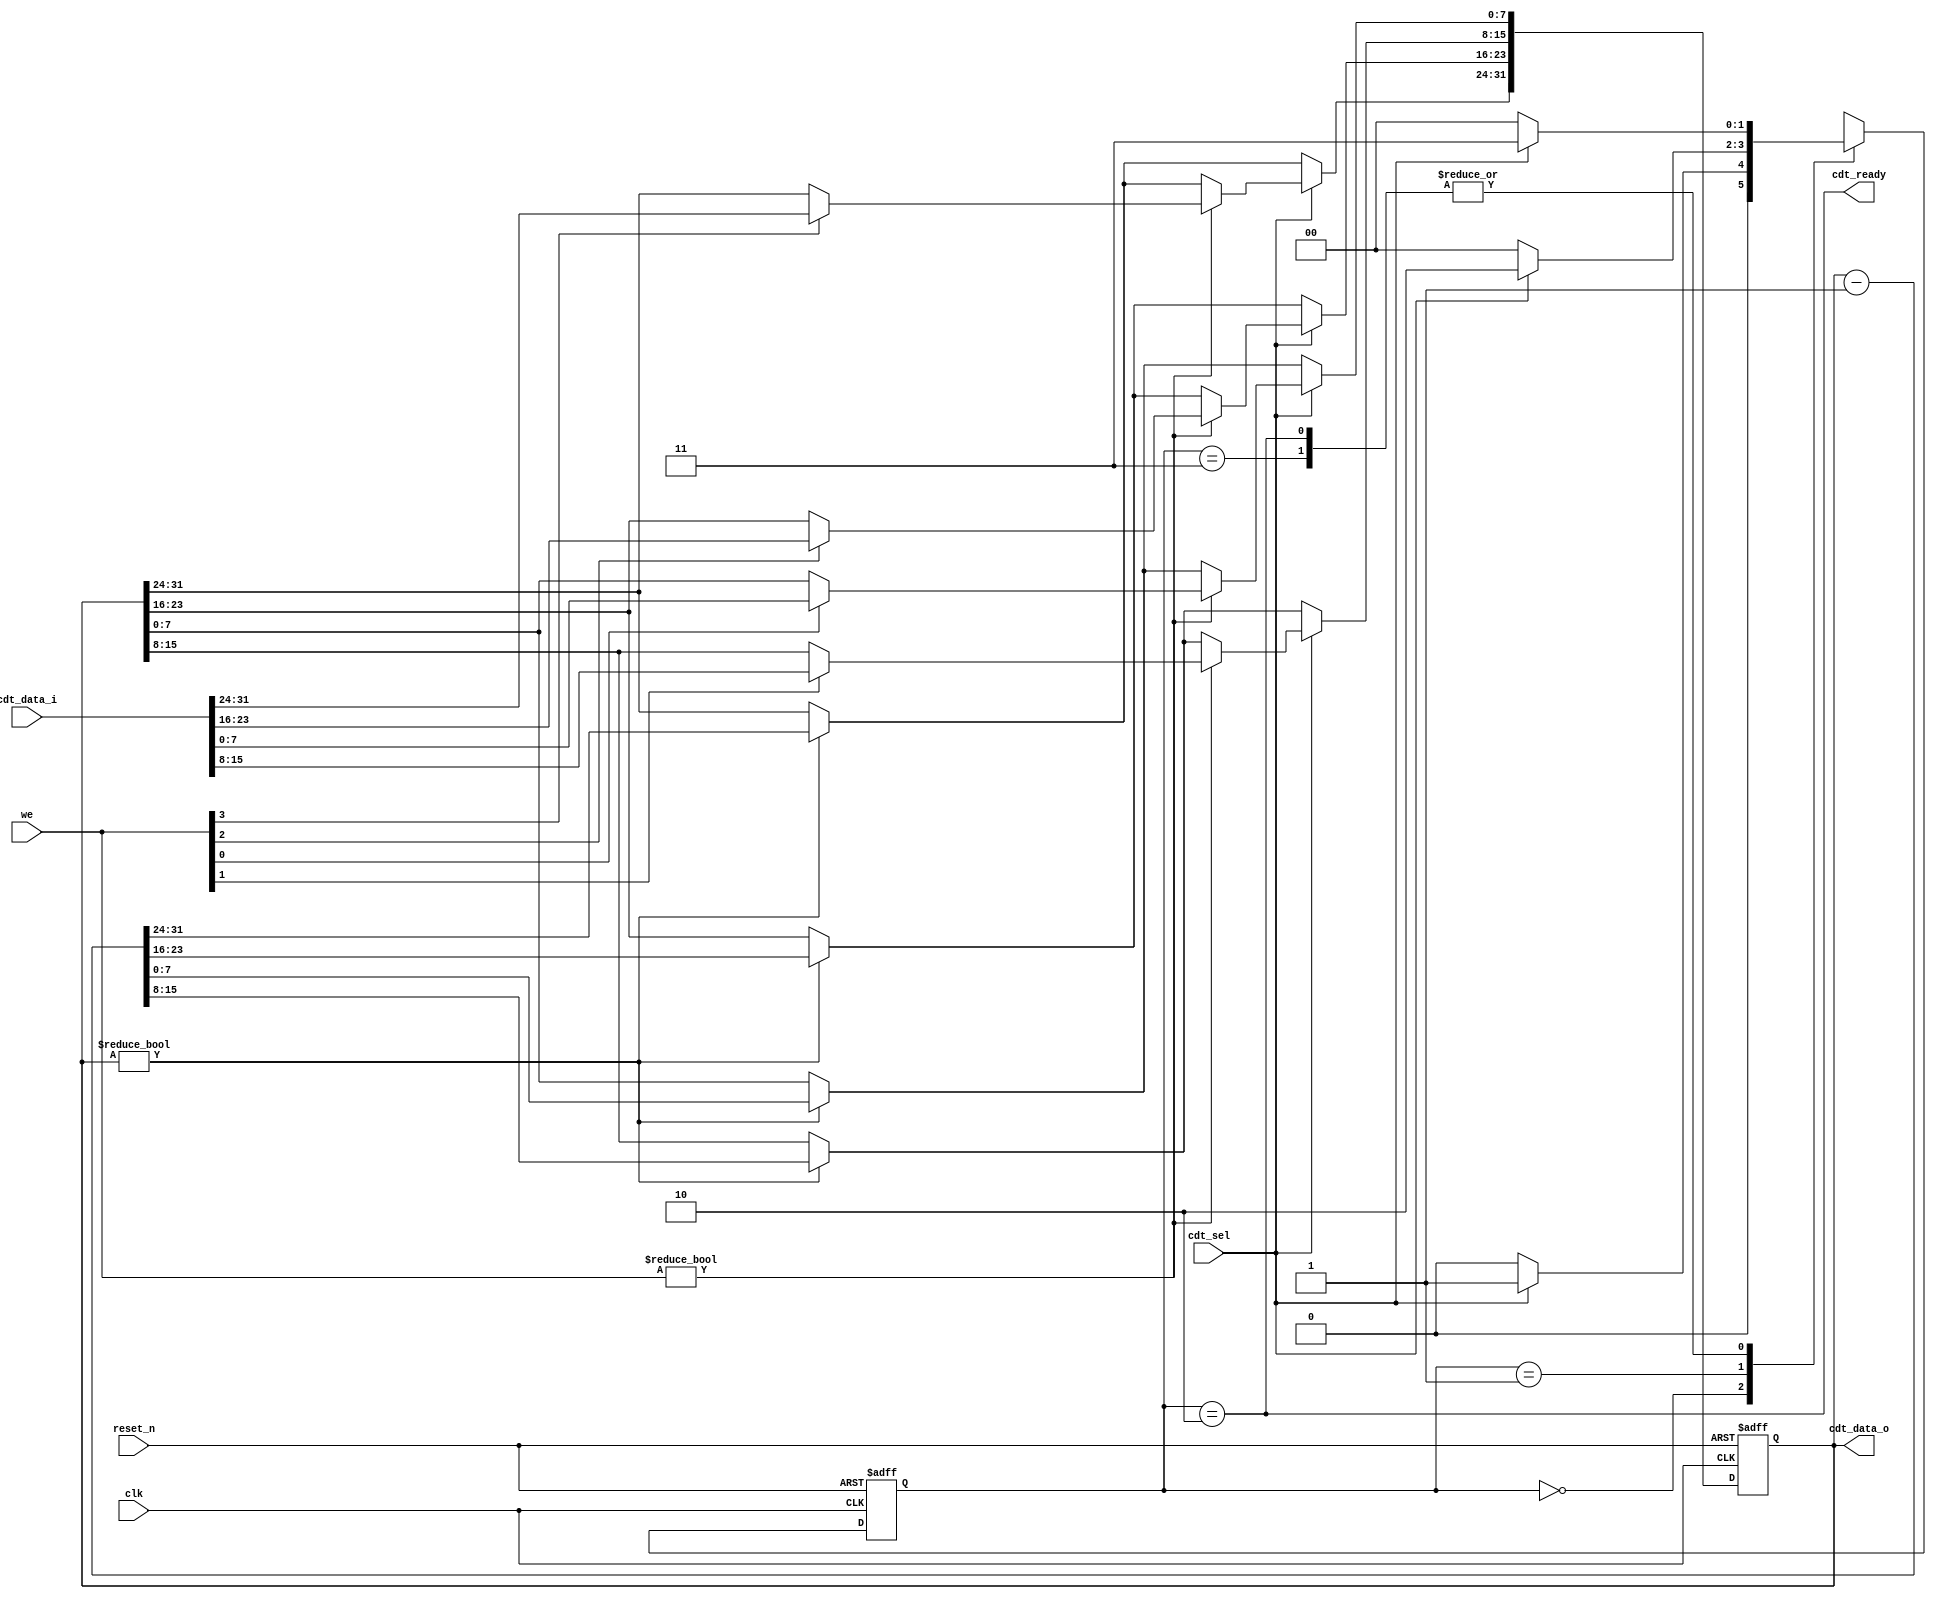
/* Copyright 2024 Grug Huhler.  License SPDX BSD-2-Clause.

Timer that can be written and read and always counts
down, stopping at zero.  The implementation is intentionally
overcomplicated.  It meets unnecessary goals:

  * Operate as a litte-endian register accessable with any
    aligned access as a byte, half-word, or 32-bit word.
  * Let individual bytes of half-words be written without
    changing other bits in the register.
  * Use a state machine for cdt_ready that adds more delay
    than is needed.  It should work just to assert READY
    as soon as SEL is seen.
*/

module countdown_timer
  (
   input wire         clk,
   input wire         reset_n,
   input wire         cdt_sel,
   input wire [31:0]  cdt_data_i,
   input wire [3:0]   we,
   output wire        cdt_ready,
   output wire [31:0] cdt_data_o
   );

   reg [1:0]          delay_state = 'b0;
   reg [31:0]         counter = 'b0;

   assign cdt_data_o = counter;
   assign cdt_ready = (delay_state == 2'b10);

   always @(posedge clk or negedge reset_n)
     if (!reset_n)
       delay_state <= 'b0;
     else
       case (delay_state)
         2'b00: begin // Await SEL
            if (cdt_sel)
              delay_state <= 2'b01;
            else
              delay_state <= 2'b00;
         end
         2'b01: begin // Working (for one cycle)
            if (cdt_sel)
              delay_state <= 2'b10;
            else
              delay_state <= 2'b00;
         end
         2'b10: begin // Finished
            if (cdt_sel)
              delay_state <= 2'b11;
            else
              delay_state <= 2'b00;
         end
         2'b11: begin // Await !cdt_sel
            if (cdt_sel)
              delay_state <= 2'b11;
            else
              delay_state <= 2'b00;
         end
       endcase

   always @(posedge clk or negedge reset_n)
     if (!reset_n) begin
        counter <= 'b0;
     end
     else if (cdt_sel) begin
        if (we) begin
           if (we[3]) counter[31:24] <= cdt_data_i[31:24];
           if (we[2]) counter[23:16] <= cdt_data_i[23:16];
           if (we[1]) counter[15:8] <= cdt_data_i[15:8];
           if (we[0]) counter[7:0] <= cdt_data_i[7:0];
        end
        else
          if (counter != 'b0) counter <= counter - 1;
     end
     else begin
        if (counter != 'b0) counter <= counter - 1;
     end

endmodule // countdown_timer